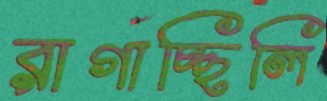
রাগাচ্ছিলি